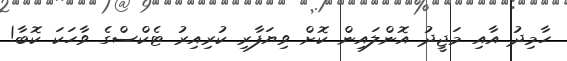
ހާމިދު އާއި މަޖީދު އޮންލައިން ކޮށް ވިޔަފާރި ކުރިއިރު ޓެކްސްގެ ވާހަކަ ކޮބާ!